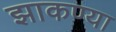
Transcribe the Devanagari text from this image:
झाकण्या